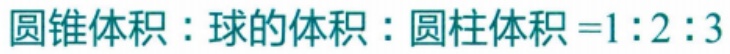
圆锥体积 : 球的体积 : 圆柱体积 = 1 : 2 : 3